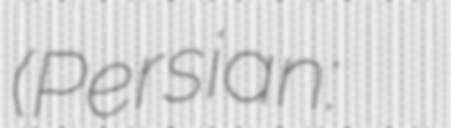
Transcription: (Persian: پشتیبانی و